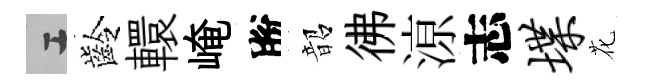
工齡轘崦脫韶彿鿌志堞花